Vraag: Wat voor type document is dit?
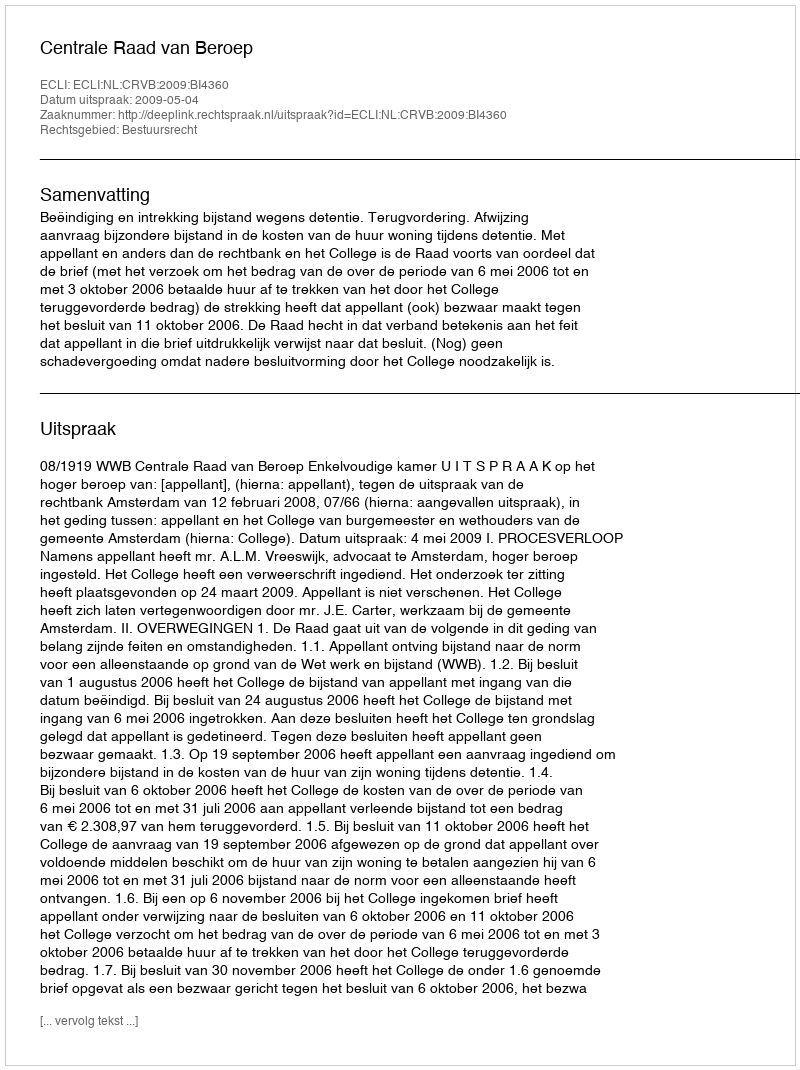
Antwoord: Uitspraak